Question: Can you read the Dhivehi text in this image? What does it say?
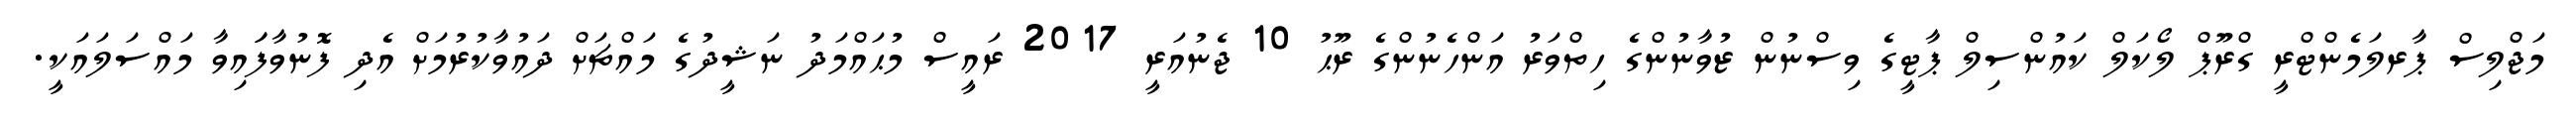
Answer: މަޖްލިސް ޕާރލަމެންޓްރީ ގްރޫޕް ލޯކަލް ކައުންސިލް ޕާޓީގެ ވިސްނުން ޒުވާނުންގެ ހިތްވަރު އަންހެނުންގެ ރޫޙު 10 ޖެނުއަރީ 2017 ރައީސް މުޙައްމަދު ނަޝީދުގެ މައްޗަށް ދައުވާކުރުމަށް އެދި ފޮނުވާފަައިވާ މައްސަލައަކީ.